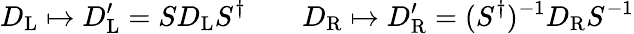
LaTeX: D_{\mathrm{{L}}}\mapsto D_{\mathrm{{L}}}^{\prime}=SD_{\mathrm{{L}}}S^{\dagger}\qquad D_{\mathrm{{R}}}\mapsto D_{\mathrm{{R}}}^{\prime}=(S^{\dagger})^{-1}D_{\mathrm{{R}}}S^{-1}